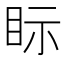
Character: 眎